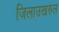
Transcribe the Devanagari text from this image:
जिलाउखरुल